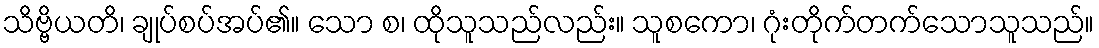
သိဗ္ဗိယတိ၊ ချုပ်စပ်အပ်၏။ သော စ၊ ထိုသူသည်လည်း။ သူစကော၊ ဂုံးတိုက်တက်သောသူသည်။